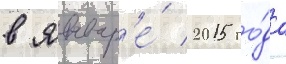
в январ'е́ 2015 го́да